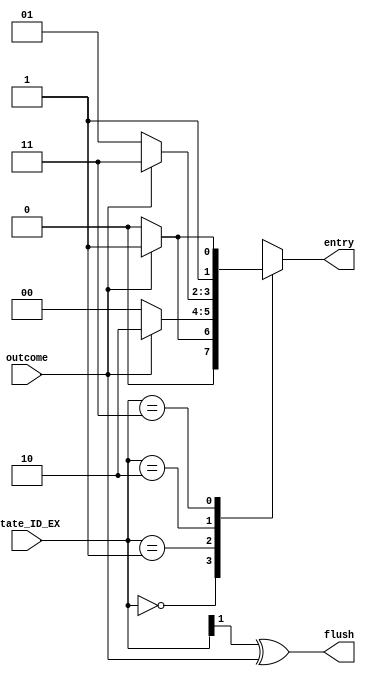
module Branch_predictor(entry,flush,state_ID_EX,outcome);
output reg [1:0]entry;
output flush;
input [1:0] state_ID_EX;
input outcome;
parameter s0=0,s1=1,s2=2,s3=3;

assign flush = state_ID_EX[1] ^ outcome;

always@(*)
begin
    case(state_ID_EX)
        s0: entry = outcome ? s1 : s0;
        s1: entry = outcome ? s2 : s0;
        s2: entry = outcome ? s3 : s1;
        s3: entry = outcome ? s3 : s2;
    endcase
end

endmodule